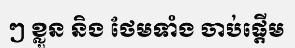
ៗ ខ្លួន និង ថែមទាំង ចាប់ផ្តើម